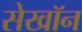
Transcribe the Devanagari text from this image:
सेखॉन